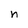
Character: h